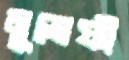
মুন্সেফী